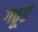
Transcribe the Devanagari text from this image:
गठूडं